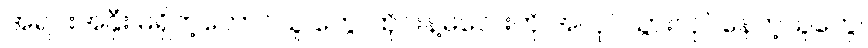
အရင်းအနှီး မရှိတဲ့တောင်သူ တွေ၊ ထိုင်းနဲ့မလေးကို အလုပ်သွားလုပ်နေတဲ့သူတွေ၊